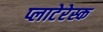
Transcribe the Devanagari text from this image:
प्लाटेरेस्क